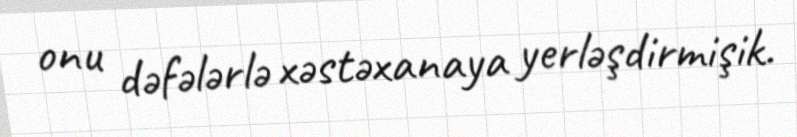
onu dəfələrlə xəstəxanaya yerləşdirmişik.